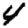
Digit: 4